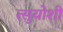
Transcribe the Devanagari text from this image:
त्सुयोशी